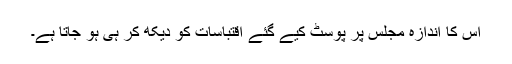
اس کا اندازہ مجلس پر پوسٹ کیے گئے اقتباسات کو دیکھ کر ہی ہو جاتا ہے۔